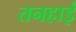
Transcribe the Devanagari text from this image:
तनहाई